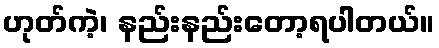
ဟုတ်ကဲ့၊ နည်းနည်းတော့ရပါတယ်။